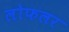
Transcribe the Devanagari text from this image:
लोफलर